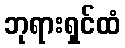
ဘုရားရှင်ထံ